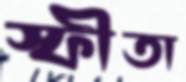
স্ফীতা